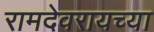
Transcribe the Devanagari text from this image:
रामदेवरायच्या